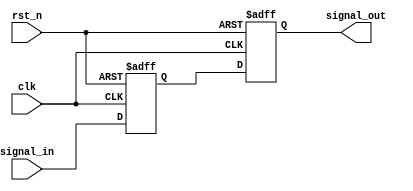
module Delay #(parameter DELAY_TIME = 10) (
    input wire clk,             // Clock signal for synchronization
    input wire rst_n,           // Active-low reset signal
    input wire signal_in,       // Input signal to be delayed
    output reg signal_out       // Delayed output signal
);

    // Internal variable to hold the delayed signal
    reg signal_in_reg;

    // Process to handle the input signal and introduce delay
    always @(posedge clk or negedge rst_n) begin
        if (!rst_n) begin
            signal_out <= 1'b0;  // Reset output signal
            signal_in_reg <= 1'b0; // Reset internal register
        end else begin
            // Capture the input signal on rising edge of the clock
            signal_in_reg <= signal_in;
            // Introduce delay using a simple counter
            #DELAY_TIME signal_out <= signal_in_reg; // Propagate after delay
        end
    end

endmodule